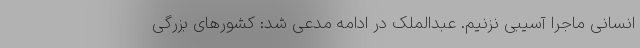
انسانی ماجرا آسیبی نزنیم. عبدالملک در ادامه مدعی شد: کشورهای بزرگی